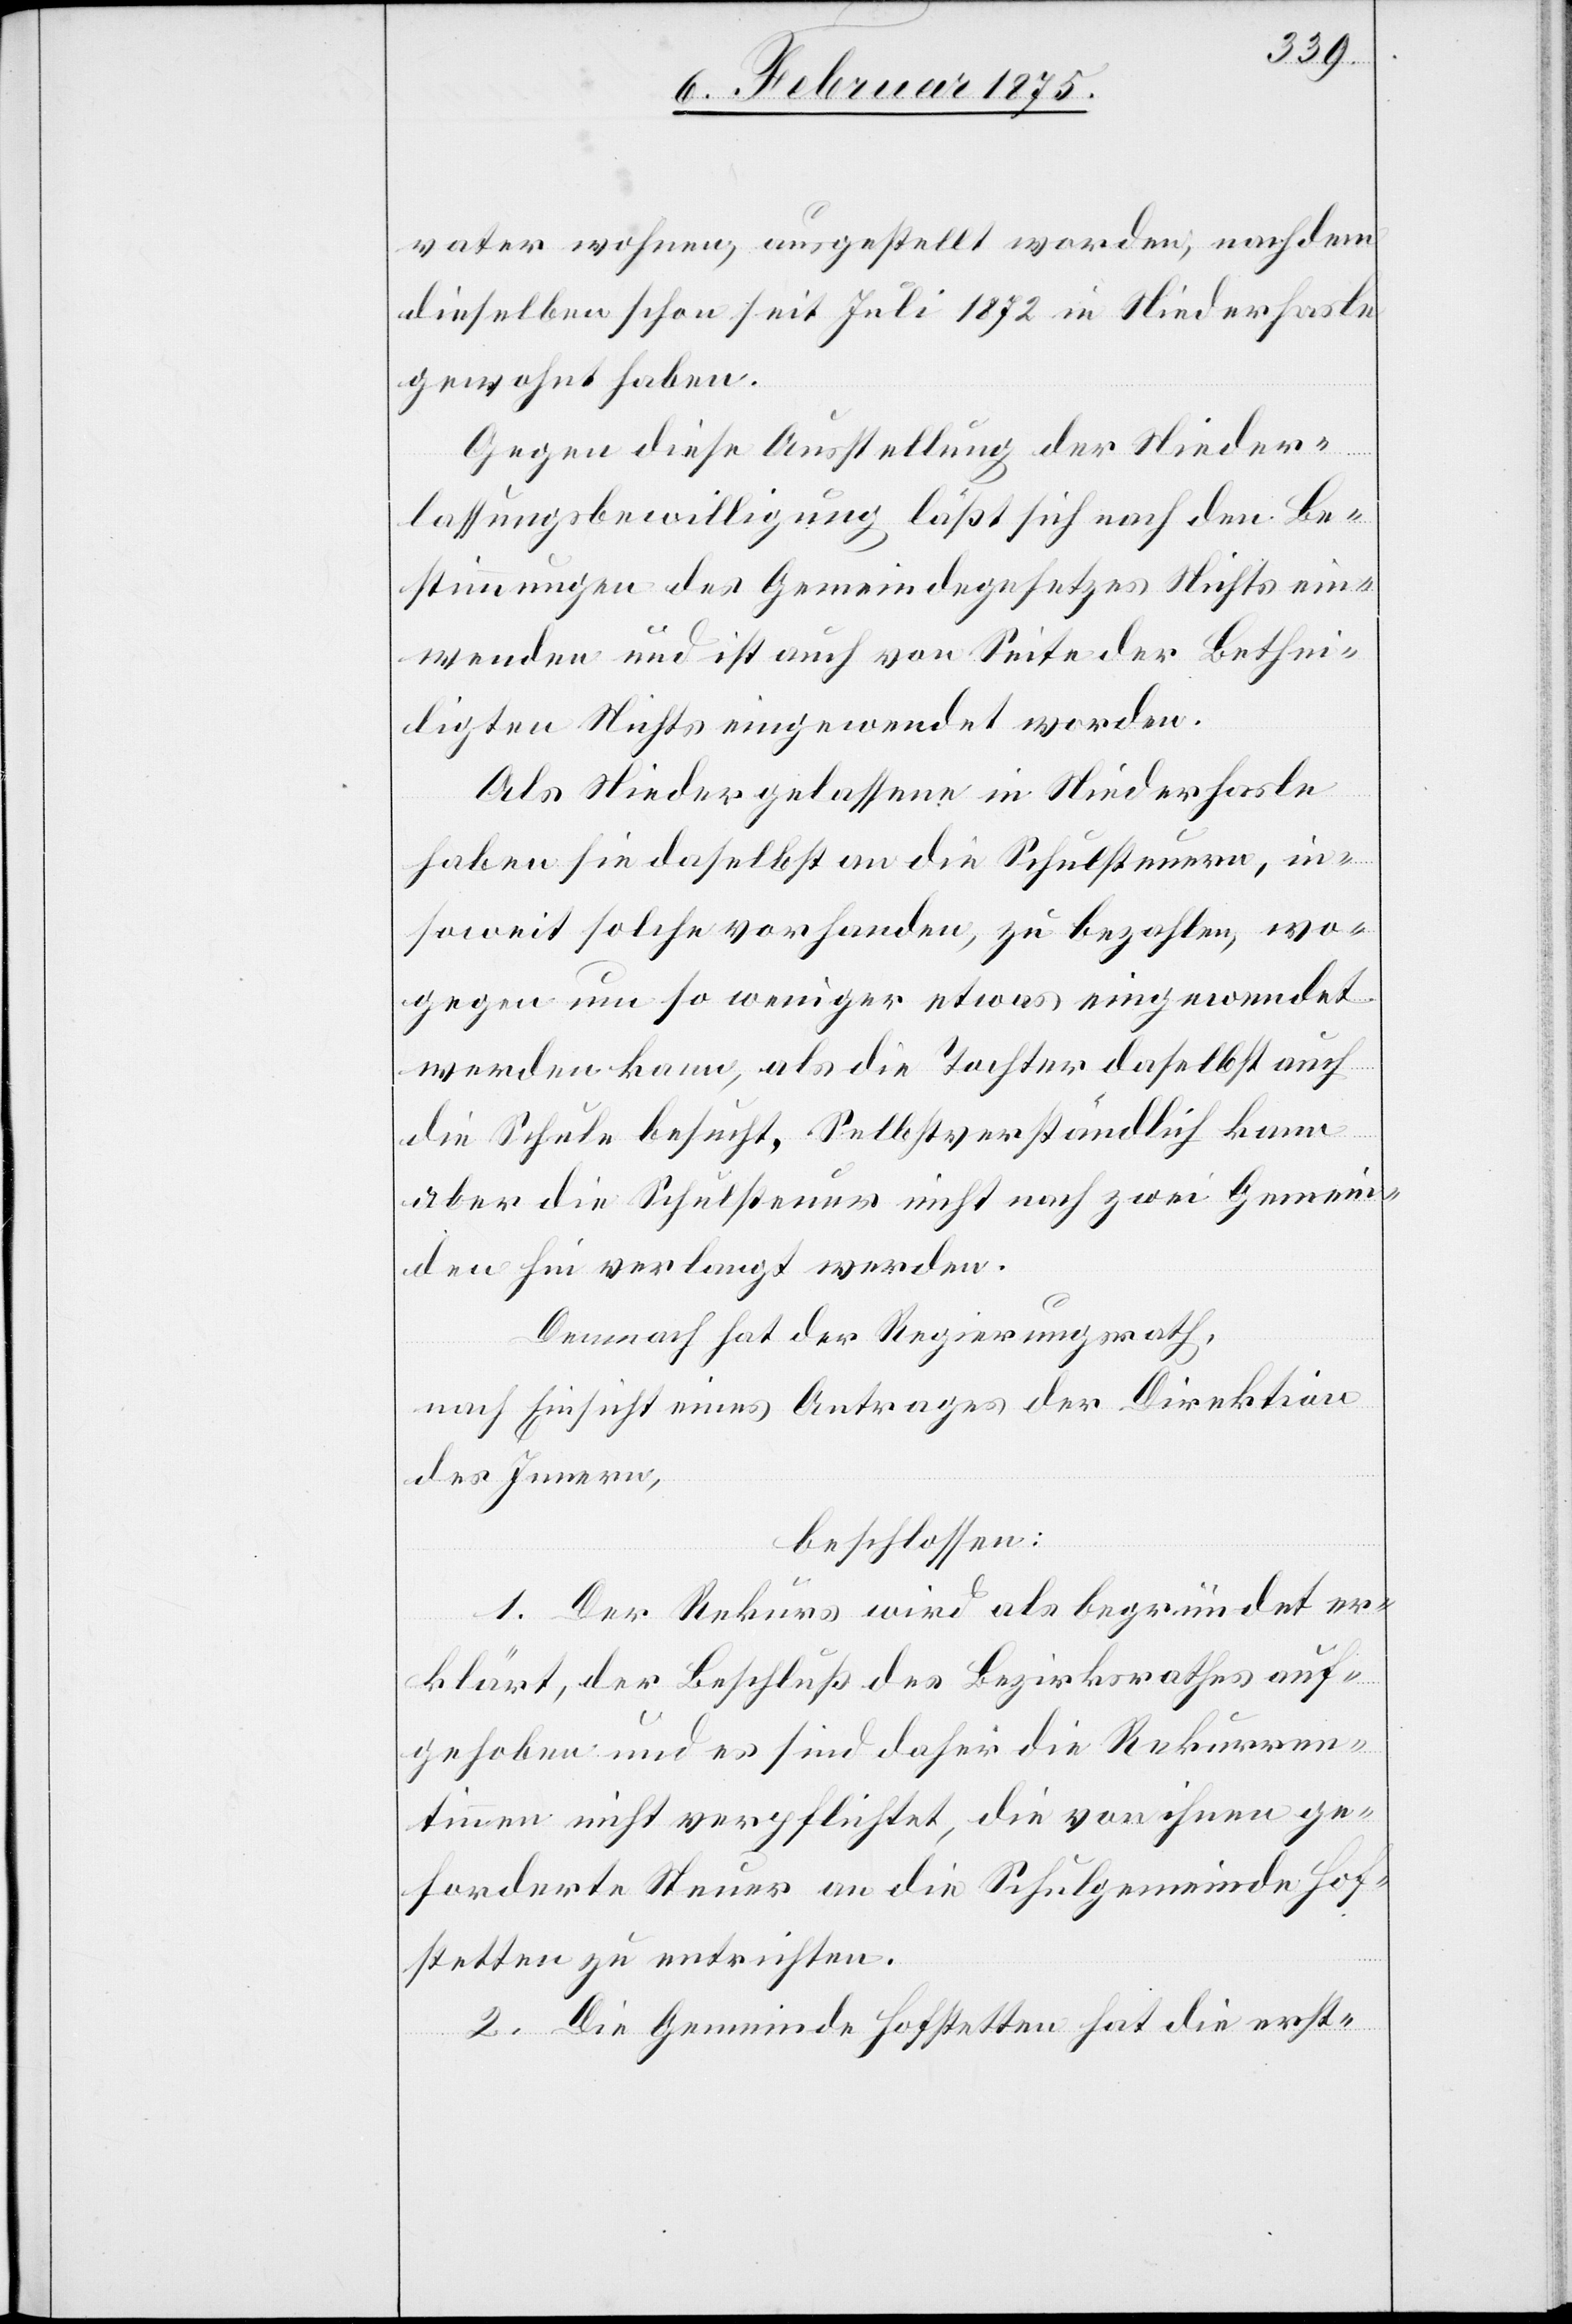
vater wohnen, ausgestellt worden; nachdem
dieselben schon seit Juli 1872 in Niederhasle
gewohnt haben.
Gegen diese Ausstellung der Nieder¬
lassungsbewilligung läßt sich nach den Be¬
stimmungen des Gemeindegesetzes Nichts ein¬
wenden und ist auch von Seite der Bethei¬
ligten Nichts eingewendet worden.
Als Niedergelassene in Niederhasle
haben sie daselbst an die Schulsteuern, in¬
soweit solche vorhanden, zu bezahlen, wo¬
gegen um so weniger etwas eingewendet
werden kann, als die Tochter daselbst auch
die Schule besucht. Selbstverständlich kann
aber die Schulsteuer nicht nach zwei Gemein¬
den hin verlangt werden.
Demnach hat der Regierungsrath,
nach Einsicht eines Antrages der Direktion
des Innern,
beschlossen:
1. Der Rekurs wird als begründet er¬
klärt, der Beschluß des Bezirksrathes auf¬
gehoben und es sind daher die Rekurren¬
tinnenn nicht verpflichtet, die von ihnen ge¬
forderte Steuer an die Schulgemeinde Hof¬
stetten zu entrichten.
2. Die Gemeinde Hofstetten hat di erst-